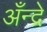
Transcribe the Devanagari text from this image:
अँन्द्रे